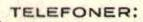
TELEFONER: